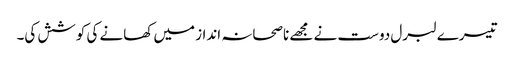
تیسرے لبرل دوست نے مجھے ناصحانہ انداز میں کھانے کی کوشش کی۔